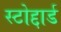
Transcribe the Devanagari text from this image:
स्टोद्दार्ड